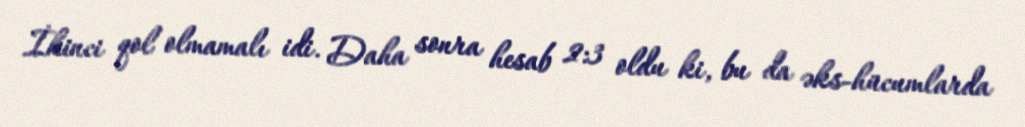
İkinci qol olmamalı idi. Daha sonra hesab 2:3 oldu ki, bu da əks-hücumlarda